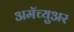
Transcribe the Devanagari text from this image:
अमॅच्युअर